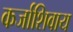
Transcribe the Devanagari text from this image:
कर्जाशिवाय